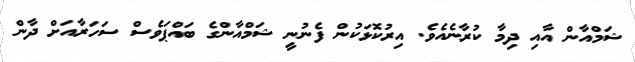
ޝަމްއާން އާއި ދިމާ ކުރާނެއެވެ. އިރުކޮޅަކުން ފެނުނީ ޝަމްއާންގެ ބައްޕަވެސް ސަހަރާއަށް ދާން